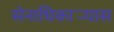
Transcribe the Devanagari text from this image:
सेनाधिकार्‍यास